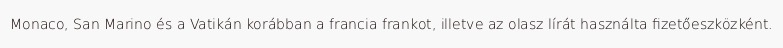
Monaco, San Marino és a Vatikán korábban a francia frankot, illetve az olasz lírát használta fizetőeszközként.